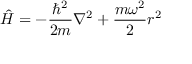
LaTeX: { \hat { H } } = - { \frac { \hbar ^ { 2 } } { 2 m } } \nabla ^ { 2 } + { \frac { m \omega ^ { 2 } } { 2 } } r ^ { 2 }